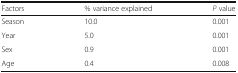
| Factors | % variance explained | P value |
 | --- | --- | --- |
 | Season | 10.0 | 0.001 |
 | Year | 5.0 | 0.001 |
 | Sex | 0.9 | 0.001 |
 | Age | 0.4 | 0.008 |